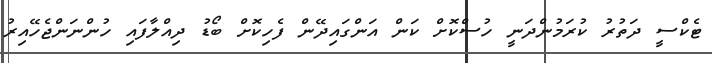
ޓެކްސީ ދަތުރު ކުރަމުންދަނީ ހުސްކޮށް ކަން އަންގައިދޭން ފެހިކޮށް ބޯޑު ދިއްލާފައި ހުންނަންޖެހޭއިރު